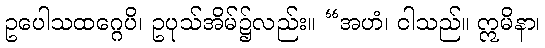
ဥပေါသထဂ္ဂေပိ၊ ဥပုသ်အိမ်၌လည်း။ “အဟံ၊ ငါသည်။ ဣမိနာ၊